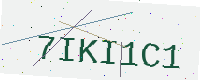
Text: 7IKI1C1